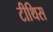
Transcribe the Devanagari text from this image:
टीथिस